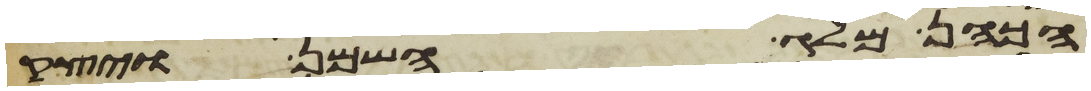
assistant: הכהן מלג השמן ויצק